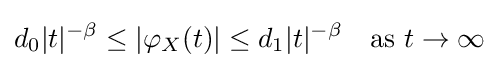
d_{0}|t|^{-\beta }\leq |\varphi _{X}(t)|\leq d_{1}|t|^{-\beta }\quad {\text{as }}t\to \infty